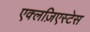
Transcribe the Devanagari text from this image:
एक्लज़िएस्टेस